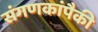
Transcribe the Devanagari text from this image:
संगणकांपैकी